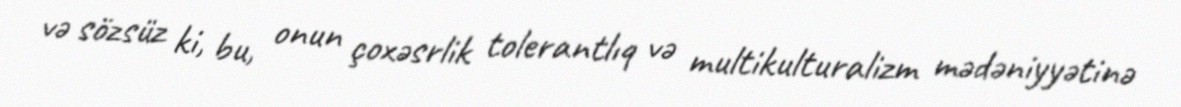
və sözsüz ki, bu, onun çoxəsrlik tolerantlıq və multikulturalizm mədəniyyətinə